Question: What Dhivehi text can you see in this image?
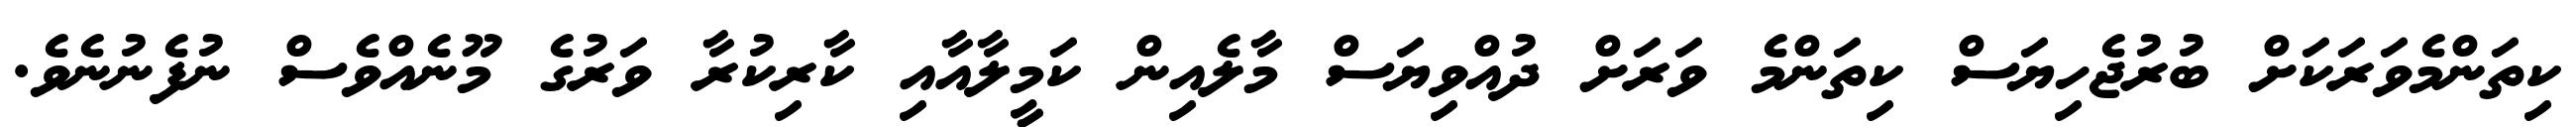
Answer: ކިތަންމެވަރަކަށް ބުރުޖެހިޔަސް ކިތަންމެ ވަރަށް ދުއްވިޔަސް މާލެއިން ކަމީލާއާއި ކާރިކުރާ ވަރުގެ މޫނެއްވެސް ނުފެނުނެވެ.